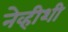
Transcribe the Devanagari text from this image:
नेव्हीशी